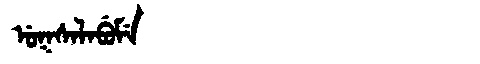
Manchu: ᡠᡴᠰᠠᠯᠠᠪᡠᠮᡝ
Romanization: UKSALABUME